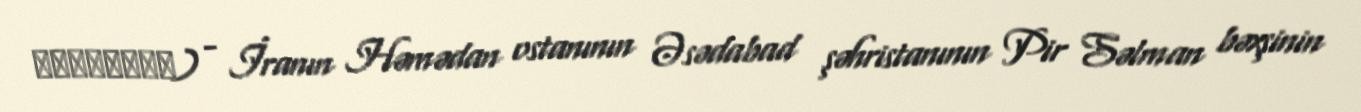
جعفرآباد) - İranın Həmədan ostanının Əsədabad şəhristanının Pir Səlman bəxşinin